Vabadussoja_Ajaloo_Komitee, lk 58
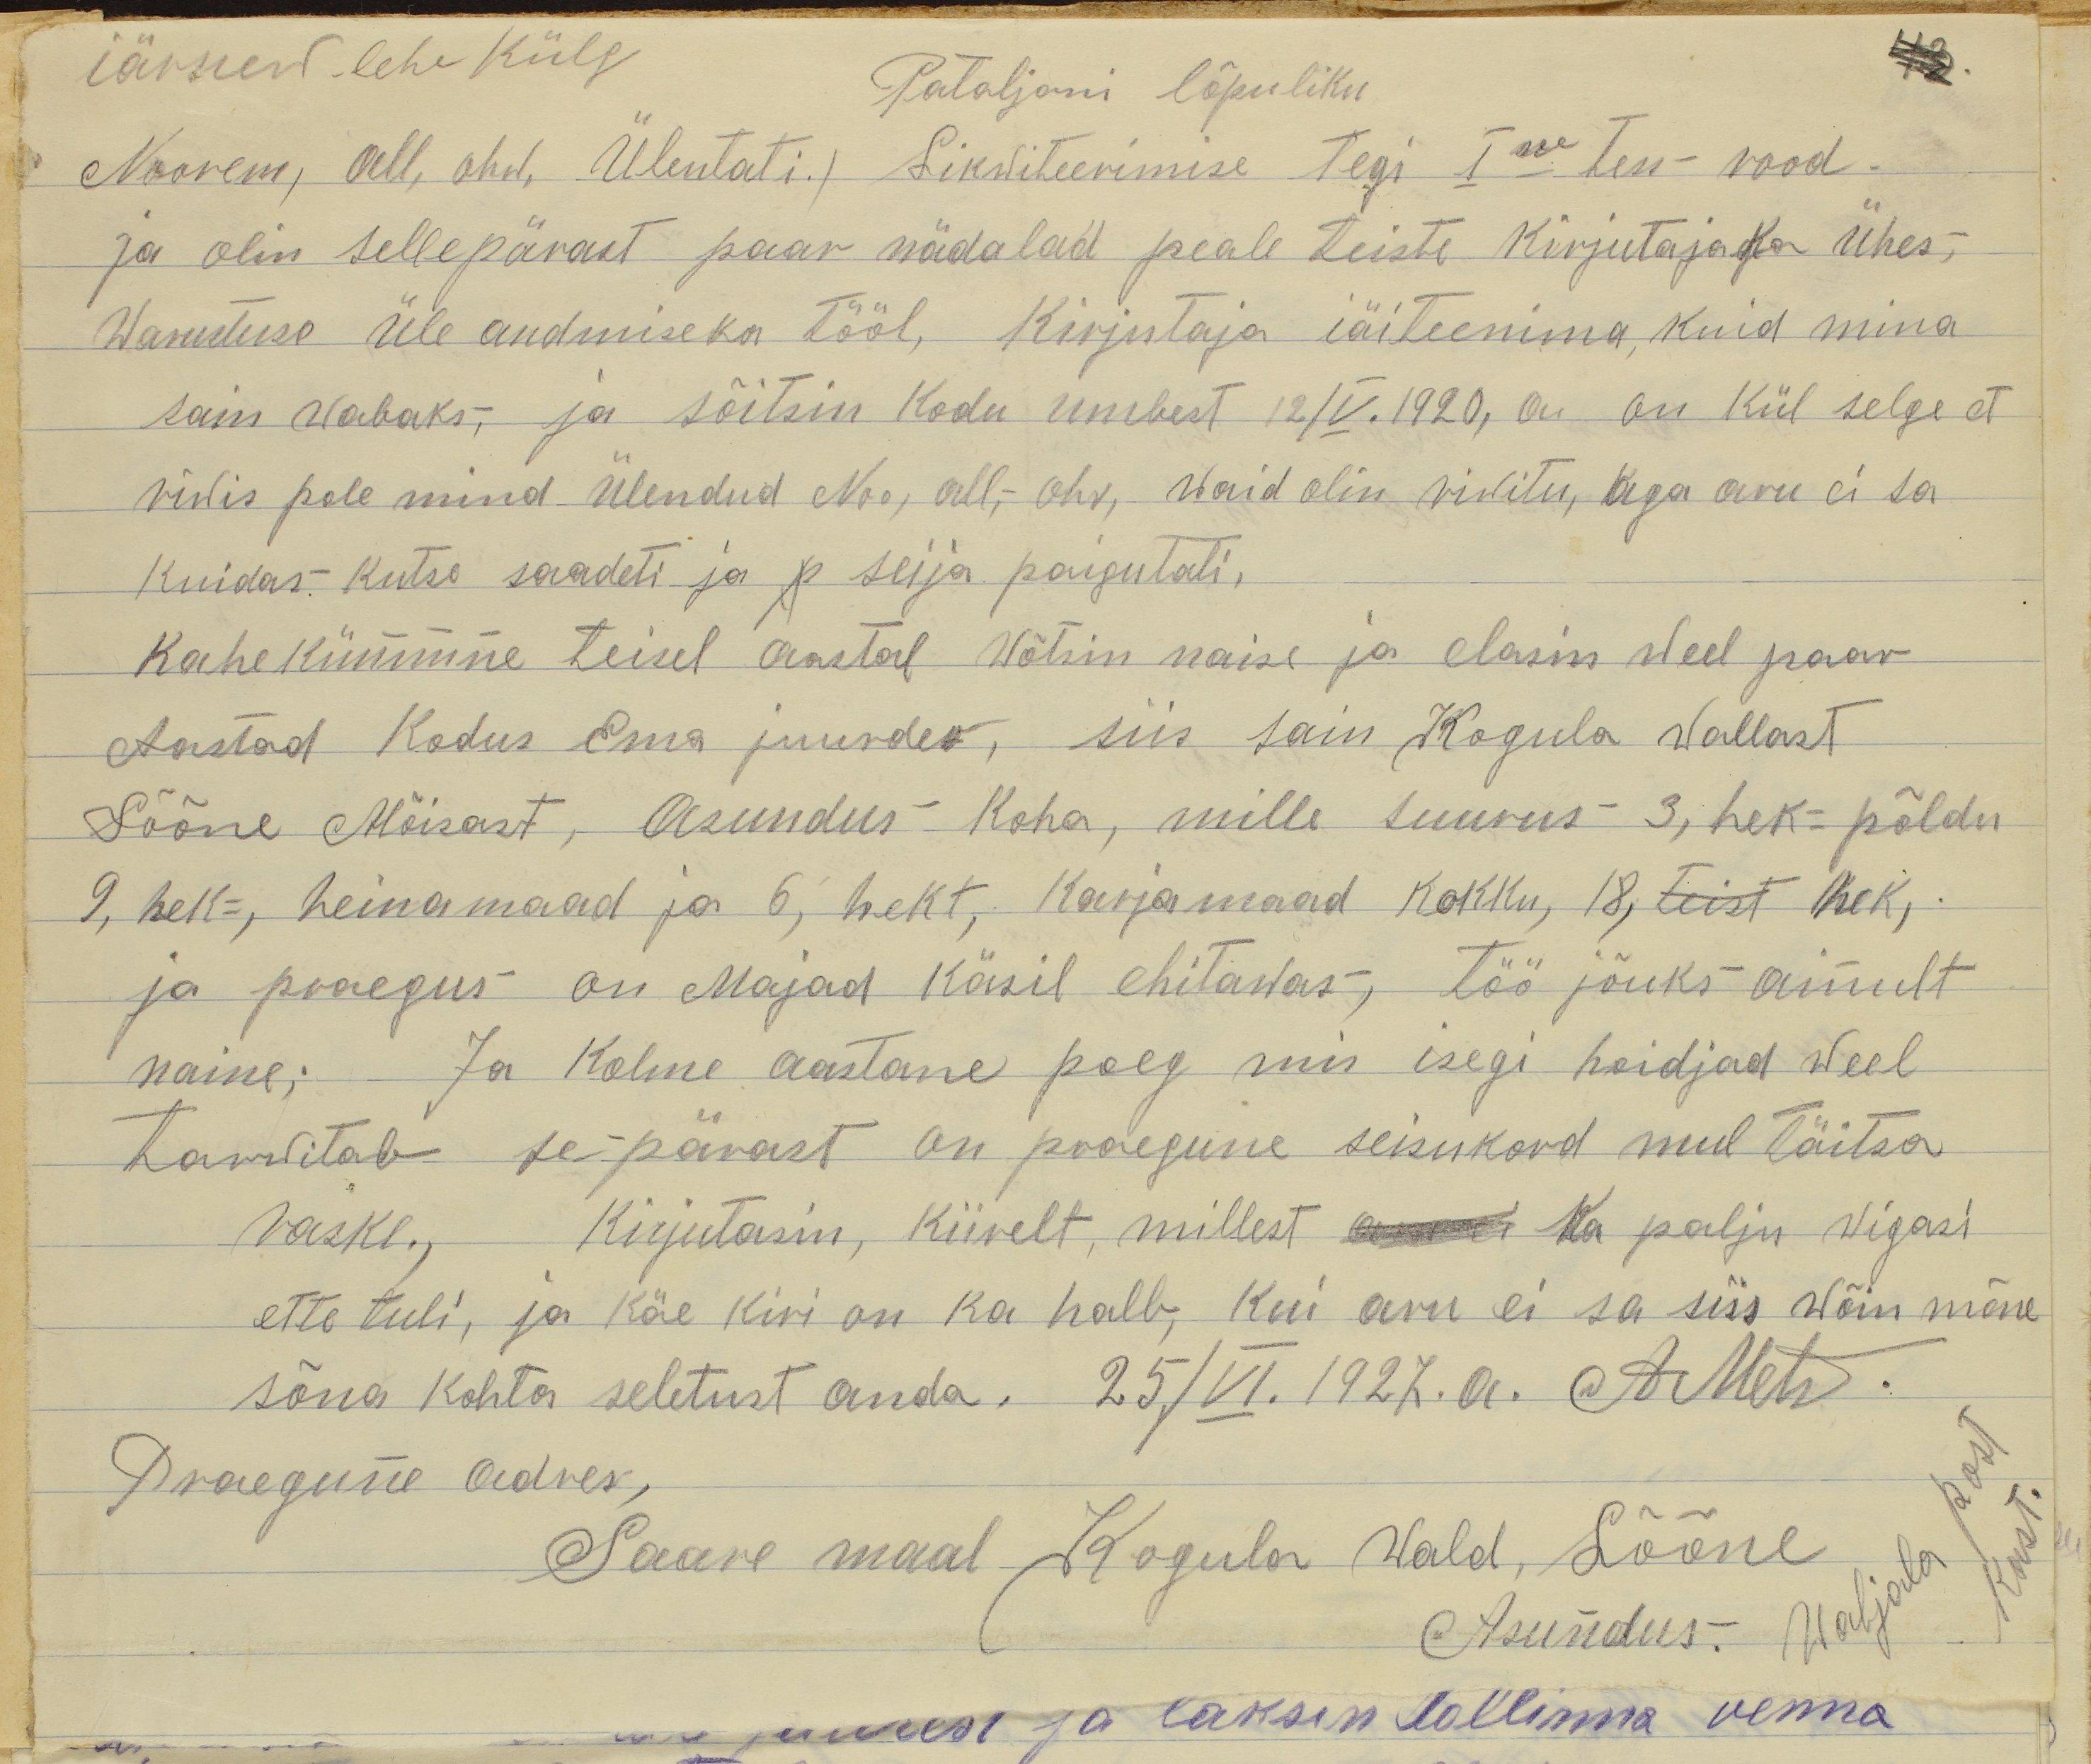
iärnew lehe Külg
Pataljoni lõpuliku
Noorem, all, ohw, ülentati. Likwiteerimise tegi I ne tess-rood
ja olin sellepärast paar nädalad peale teiste kirjutajaka ühes,
warustuse üle andmiseka tööl, kirjutaja jäiteenima, kuid mina
sain wabaks, ja sõitsin kodu umbest 12/V.1920, on on kül selge et
riwis pole mind ülendud Noo, all,- ohv, waid olin riwitu, aga aru ei sa
kuidas. kutse saadeti ja p seija paigutati.
kahekümmne teisel aastal wõtsin naise ja elasin weel paar
Aastad Kodus Ema juurdes, siis sain Kogula wallast
Lõõne Mõisast, asundus koha, mille suurus 3, hek= põldu
9, hek=, heinamaad ja 6, hekt, karjamaad kokku, 18, teist hek,
ja praegus on Majad käsil ehitawas, töö jõuks ainult
naine; Ja kolme aastane poeg mis isegi hoidjad weel
tarwitab se pärast on praegune seisukord mul täitsa
raske., kirjutasin, kiirelt, millest ka palju wigasi
ette tuli, ja käe kiri on ka halb, kui aru ei sa siis wõin mõne
sõna kohta seletust anda. 25/VI.1927.a. AMets.
Praegune adres,
Saare maal Kogula wald, Lõõne
Asundus. Waljala post kast.